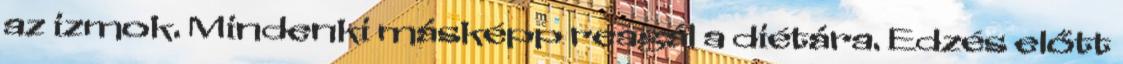
az izmok. Mindenki másképp reagál a diétára. Edzés előtt